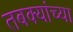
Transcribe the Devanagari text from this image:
तबक्यांच्या